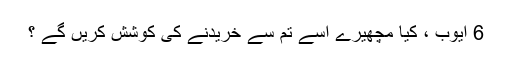
6 ایّوب ، کیا مچھیرے اسے تم سے خریدنے کی کوشش کریں گے ؟